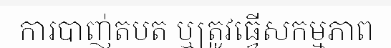
ការបាញ់តបត ឬត្រូវធ្វើសកម្មភាព